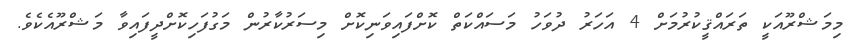
މިމަޝްރޫއަކީ ތަރައްޤީކުރުމަށް 4 އަހަރު ދުވަހު މަސައްކަތް ކޮށްފައިވަނިކޮށް މިސަރުކާރުން މަގުފަހިކޮށްދީފައިވާ މަޝްރޫއެކެވެ.